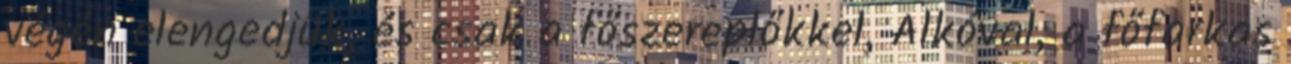
végén elengedjük, és csak a főszereplőkkel, Alkóval, a főfarkas